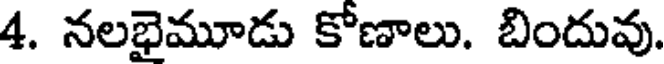
4. నలభైమూడు కోణాలు. బిందువు.